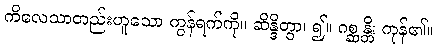
ကိလေသာတည်းဟူသော ကွန်ရက်ကို။ ဆိန္ဒိတွာ၊ ၍။ ဂစ္ဆန္တိ၊ ကုန်၏။